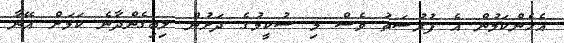
އެހެންކަމުން އެ ފުރުސަތު ވެސް މި ސުކީމުގެ ދަށުން ލިބިގެންދާނެ ކަމަށް އޭނާ